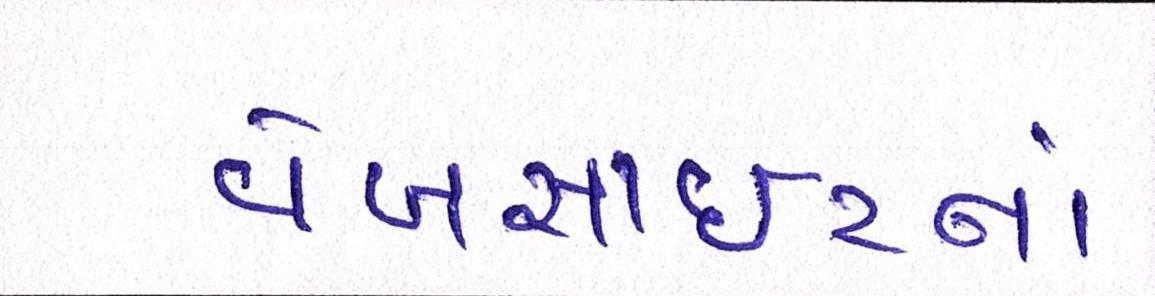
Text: વેબસાઈટનાં